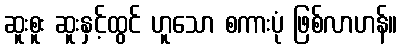
ဆူးစူး ဆူးနှင့်ထွင် ဟူသော စကားပုံ ဖြစ်လာဟန်။